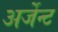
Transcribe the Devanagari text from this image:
अर्जेन्ट